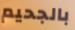
بالجحيم